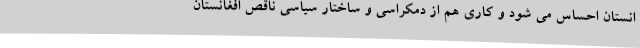
انستان احساس می شود و کاری هم از دمکراسی و ساختار سیاسی ناقص افغانستان